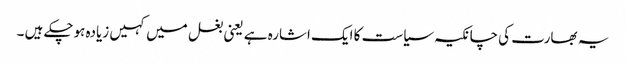
یہ بھارت کی چانکیہ سیاست کا ایک اشارہ ہے یعنی بغل میں کہیں زیادہ ہوچکے ہیں ۔